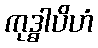
ကုဒ္ဓါပိဟံ